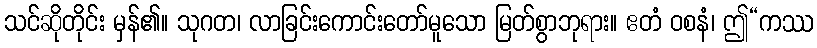
သင်ဆိုတိုင်း မှန်၏။ သုဂတ၊ လာခြင်းကောင်းတော်မူသော မြတ်စွာဘုရား။ ဧတံ ဝစနံ၊ ဤ“ကဿ